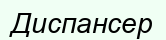
Диспансер